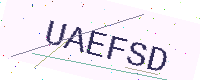
Text: UAEFSD